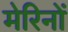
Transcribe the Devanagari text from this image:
मेरिनों